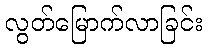
လွတ်မြောက်လာခြင်း